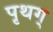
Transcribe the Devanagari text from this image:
पृथग्